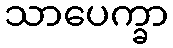
သာပေက္ခာ